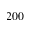
2 0 0